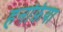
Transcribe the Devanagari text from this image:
हनफ़िया